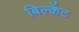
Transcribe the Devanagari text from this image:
बिल्केंट